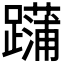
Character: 𨆶